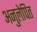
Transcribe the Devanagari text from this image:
अनुलेपित